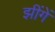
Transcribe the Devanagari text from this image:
झींगें